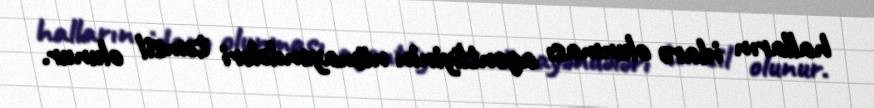
halların idarə olunması agentliyinin nümayəndələri təmsil olunur.